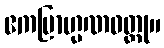
ဧကဗြာဟ္မဏဝတ္ထု။